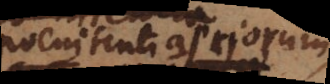
poenitentia priorum,